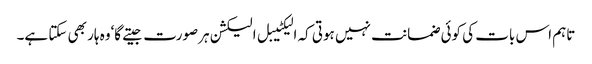
تاہم اس بات کی کوئی ضمانت نہیں ہوتی کہ الیکٹیبل الیکشن ہرصورت جیتے گا‘وہ ہار بھی سکتا ہے۔